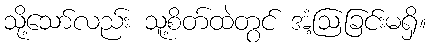
သို့သော်လည်း သူ့စိတ်ထဲတွင် အံ့ဩခြင်းမရှိ။